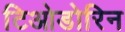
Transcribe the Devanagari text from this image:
टिओडोरिन